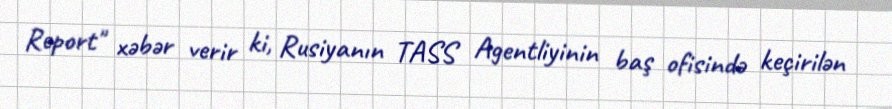
Report" xəbər verir ki, Rusiyanın TASS Agentliyinin baş ofisində keçirilən